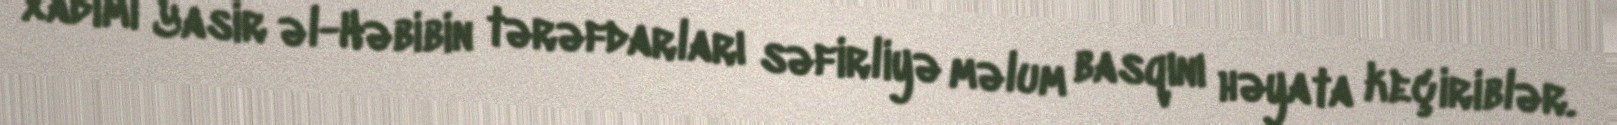
xadimi Yasir əl-Həbibin tərəfdarları səfirliyə məlum basqını həyata keçiriblər.